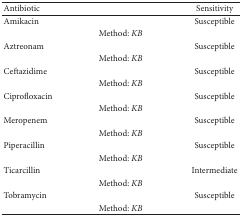
<table><thead><tr><td><b>Antibiotic</b></td><td><b>Sensitivity</b></td></tr></thead><tbody><tr><td>Amikacin</td><td>Susceptible</td></tr><tr><td colspan="2">Method: <i>KB </i></td></tr><tr><td>Aztreonam</td><td>Susceptible</td></tr><tr><td colspan="2">Method: <i>KB </i></td></tr><tr><td>Ceftazidime</td><td>Susceptible</td></tr><tr><td colspan="2">Method: <i>KB </i></td></tr><tr><td>Ciprofloxacin</td><td>Susceptible</td></tr><tr><td colspan="2">Method: <i>KB </i></td></tr><tr><td>Meropenem </td><td>Susceptible</td></tr><tr><td colspan="2">Method: <i>KB </i></td></tr><tr><td>Piperacillin</td><td>Susceptible</td></tr><tr><td colspan="2">Method: <i>KB </i></td></tr><tr><td>Ticarcillin </td><td>Intermediate</td></tr><tr><td colspan="2">Method: <i>KB </i></td></tr><tr><td>Tobramycin</td><td>Susceptible</td></tr><tr><td colspan="2">Method: <i>KB </i></td></tr></tbody></table>